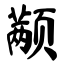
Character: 颟